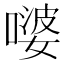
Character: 嘙